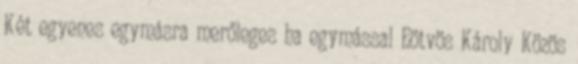
Két egyenes egymásra merőleges ha egymással Eötvös Károly Közös